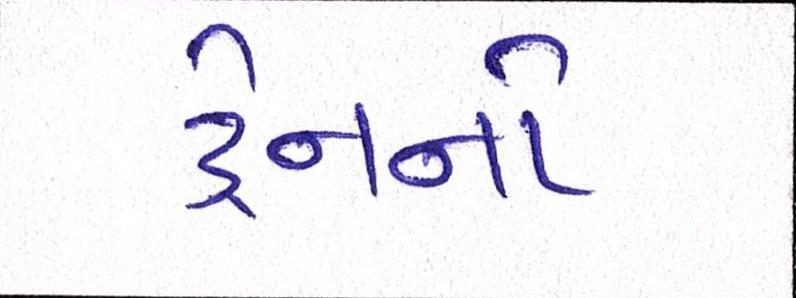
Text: ટ્રેનનો